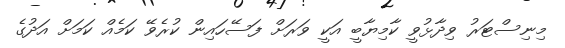
މިނިސްޓަރު ވިދާޅުވީ ކާމިޔާބީ އަކީ ވަރަށް ފަސޭހައިން ކުރެވޭ ކަމެއް ކަމަށް އަދުގެ